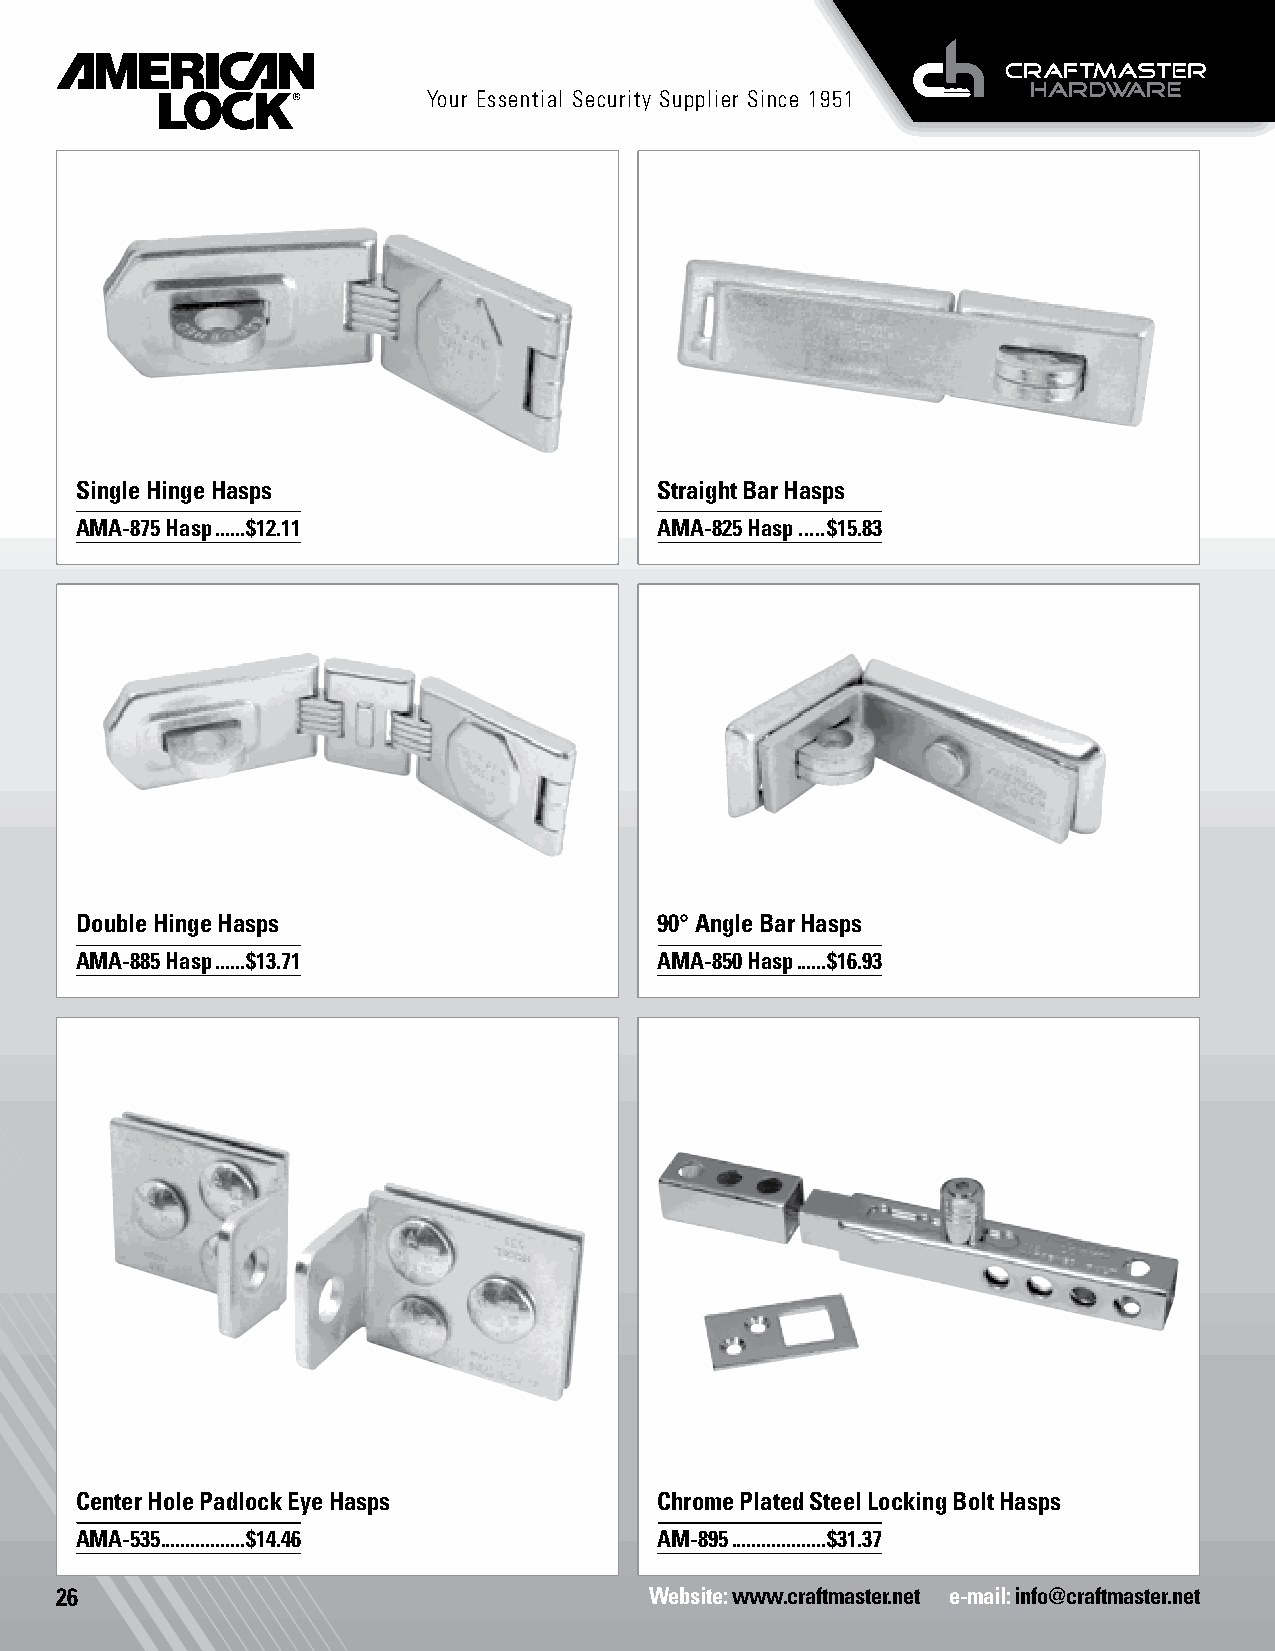
Your Essential Security Supplier Since 1951
 Single Hinge Hasps                     Straight Bar Hasps
 AMA-875 Hasp ......$12.11              AMA-825 Hasp .....$15.83
 Double Hinge Hasps                     90° Angle Bar Hasps
 AMA-885 Hasp ......$13.71              AMA-850 Hasp ......$16.93
 Padlock Eyes                           Slide Bolts
 Center Hole Padlock Eye Hasps          Chrome Plated Steel Locking Bolt Hasps
 AMA-535. ................$14.46        AM-895 ...................$31.37
 26                                     Website: www.craftmaster.net e-mail: info@craftmaster.net